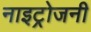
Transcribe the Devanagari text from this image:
नाइट्रोजनी